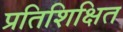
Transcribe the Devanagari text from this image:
प्रतिशिक्षित